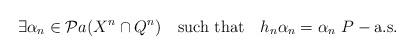
LaTeX: \begin{align*}\exists\alpha_n\in \mathcal Pa(X^n\cap Q^n) \ \ \ \mbox{such that} \ \ \ h_n\alpha_n=\alpha_n \ P-\mbox{a.s.}\end{align*}